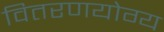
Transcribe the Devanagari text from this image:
वितरणयोग्य